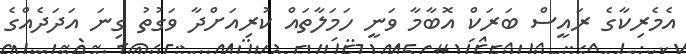
އެމެރިކާގެ ރައީސް ބަރަކް އޮބާމާ ވަނީ ހަމަލާތައް ކުރިއަށްދާ ވަގުތު ގިނަ އަދަދެއްގެ